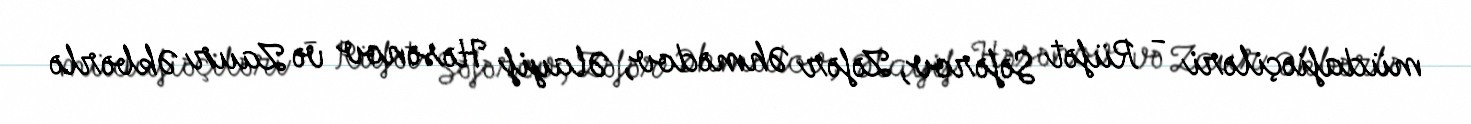
müdafiəçiləri - Rüfət Səfərov, Zəfər Əhmədov, Əlayif Həsənov və Zaur Əkbərlə